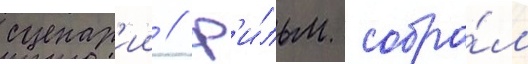
сценар'ии // Ф'и́льм собра́л